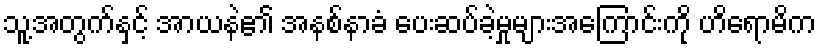
သူ့အတွက်နှင့် အာယနဲ၏ အနစ်နာခံ ပေးဆပ်ခဲ့မှုများအကြောင်းကို ဟိရောမိက